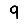
Digit: 9